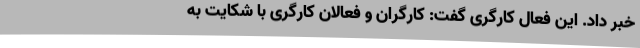
خبر داد. این فعال کارگری گفت: کارگران و فعالان کارگری با شکایت به